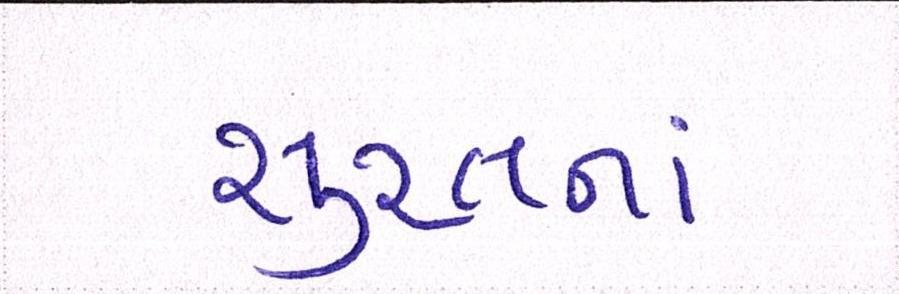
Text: સુરતનાં